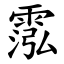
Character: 霐